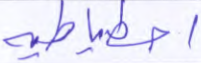
احتياطية